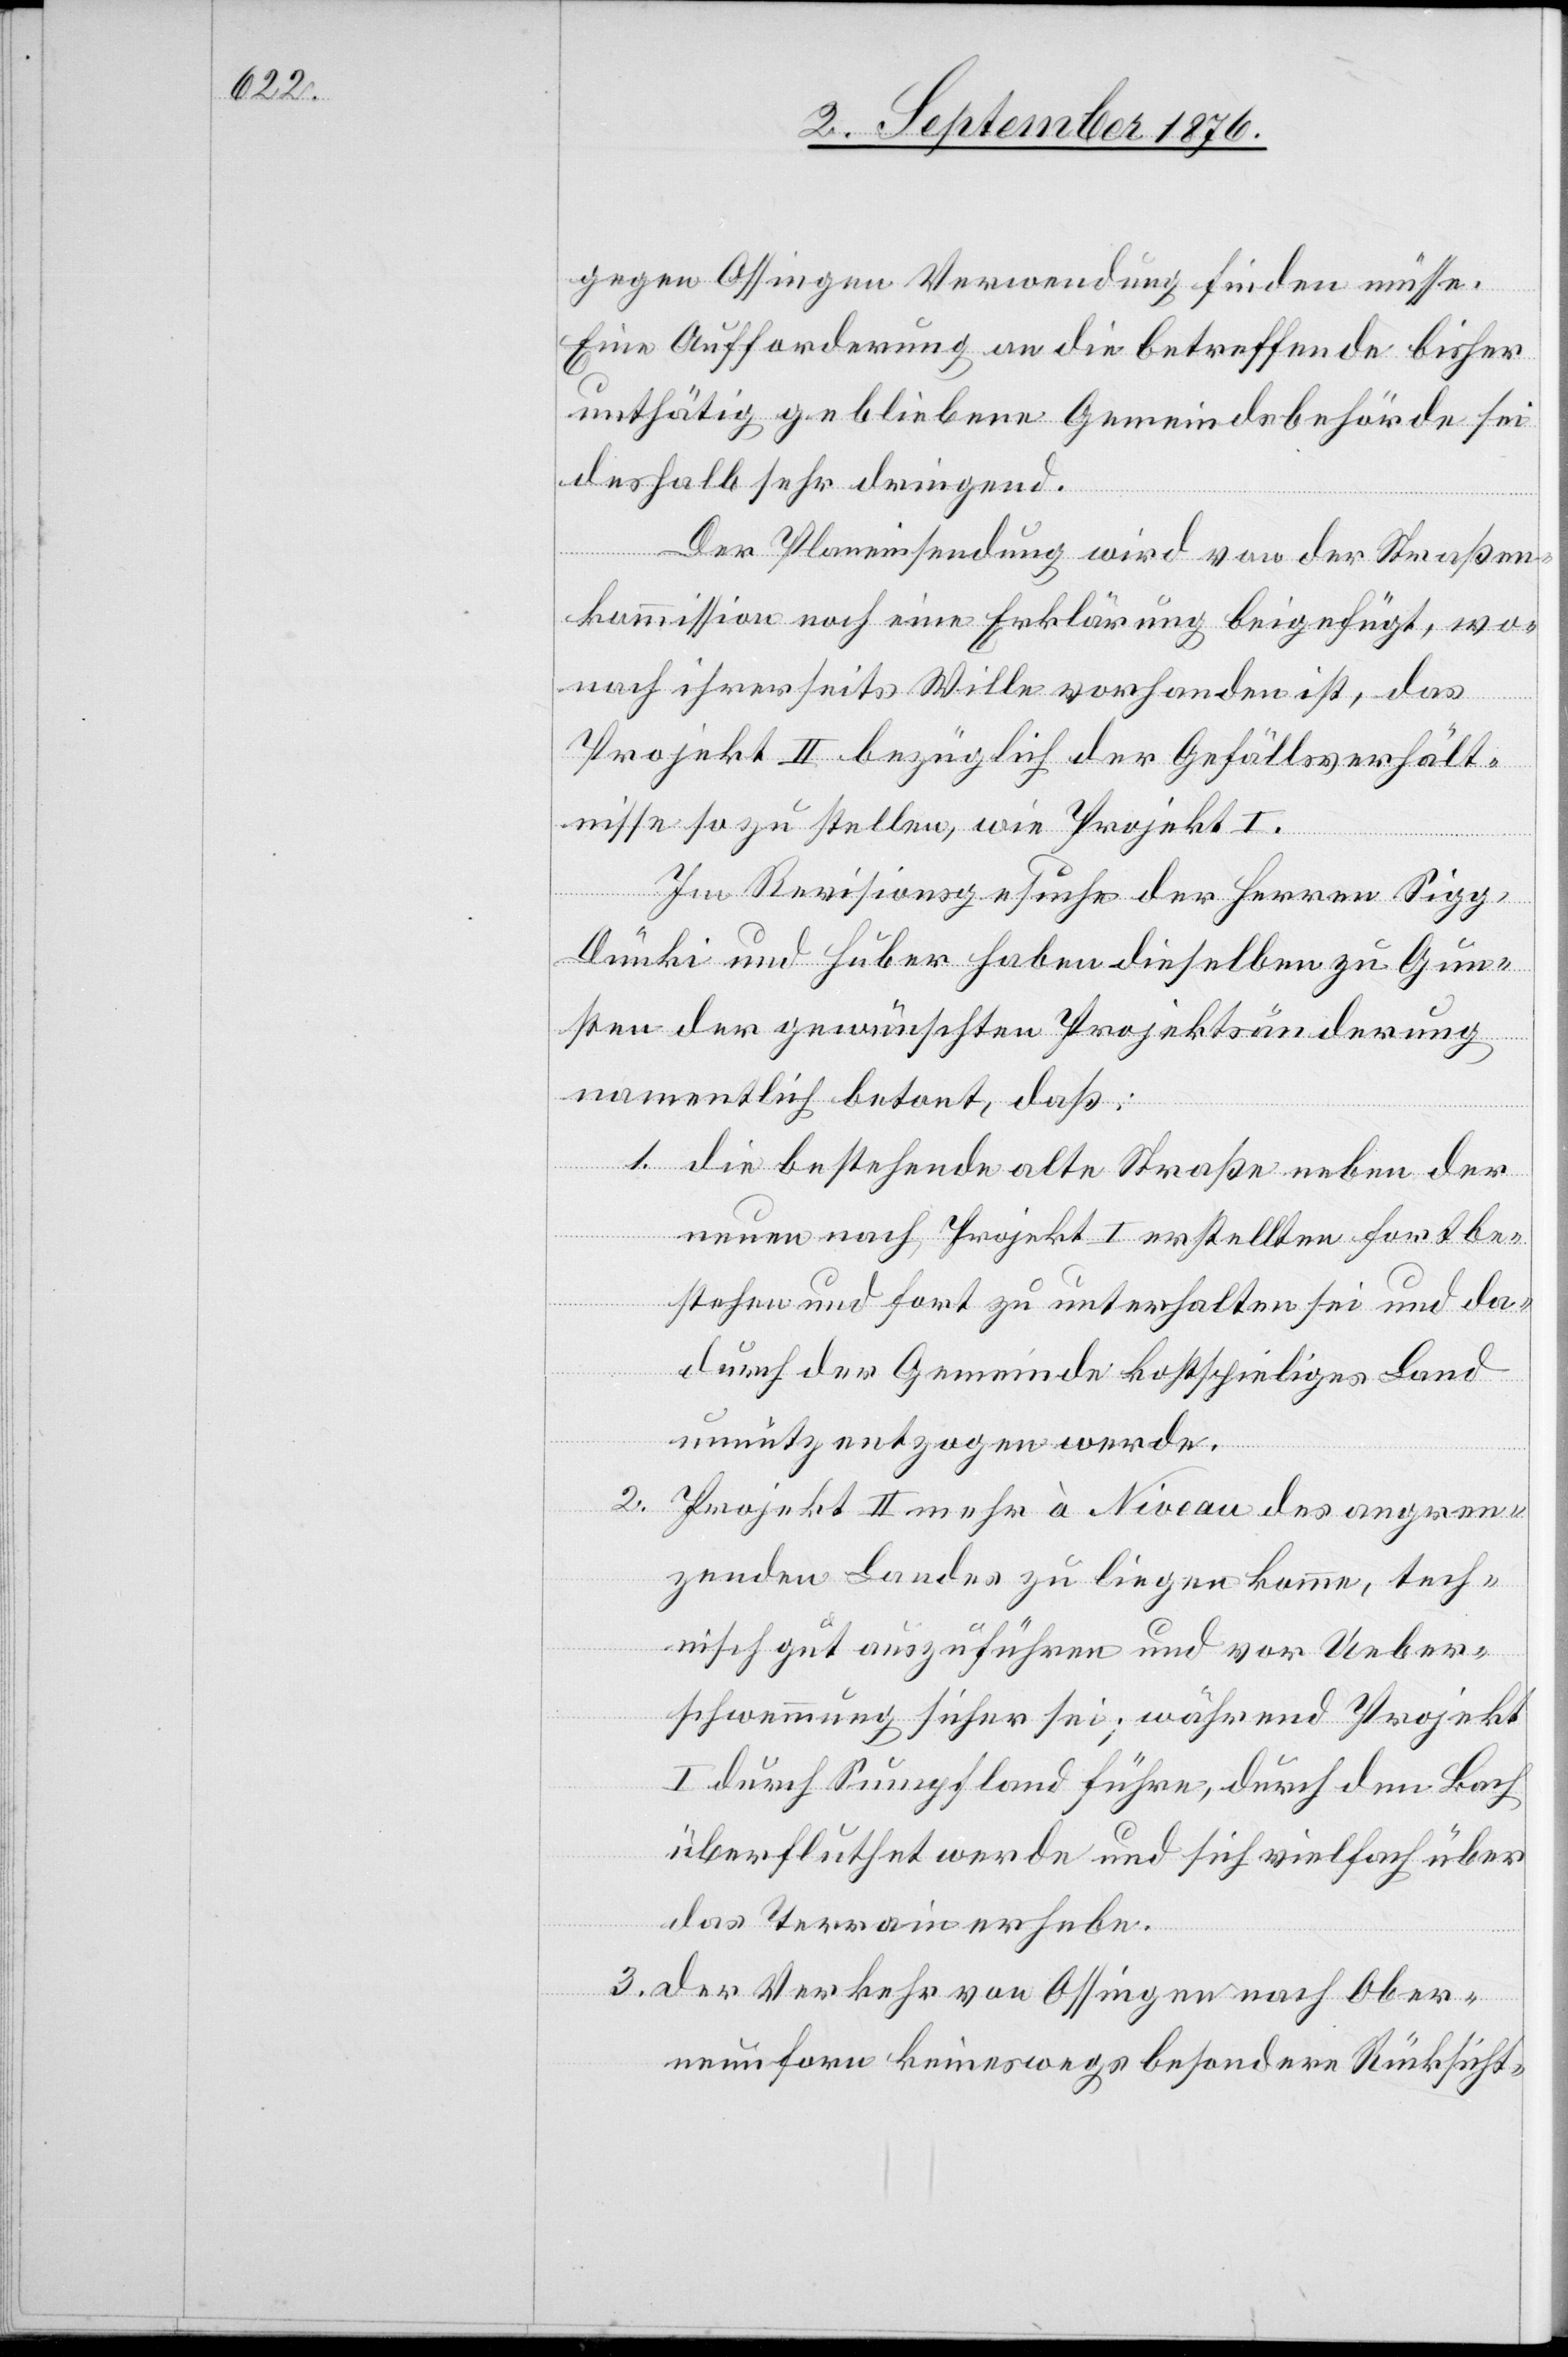
gegen Ossingen Verwendung finden müsse.
Eine Aufforderung an die betreffende bisher
unthätig gebliebene Gemeindsbehörde sei
deshalb sehr dringend.
Der Planeinsendung wird von der Straßen¬
kommission noch eine Erklärung beigefügt, wo¬
nach ihrerseits Wille vorhanden ist, das
Projekt II bezüglich der Gefällsverhält¬
nisse so zu stellen, wie Projekt I.
Im Revisionsgesuche der Herren Sig¬
g-Dünki und Huber haben dieselben zu Gun¬
sten der gewünschten Projektsänderung
namentlich betont, daß:
1. die bestehende alte Straße neben der
neuen nach Projekt I erstellten fortbe¬
stehen und fort zu unterhalten sei und da¬
durch der Gemeinde kostspieliges Land
unnütz entzogen werde.
2.
Projekt II mehr à Niveau des angren¬
zenden Landes zu liegen komme, tech¬
nisch gut auszuführen und vor Ueber¬
schwemmung sicher sei, während Projekt
I durch Sumpfland führe, durch den Bach
überfluthet werde und sich vielfach über
das Terrain erhebe.
3. der Verkehr von Ossingen nach Ober¬
neunforn keineswegs besondere Rücksicht-